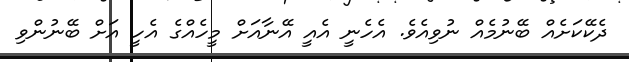
ދެކޭކަށެއް ބޭނުމެއް ނުވިއެވެ. އެހެނީ އެއީ އޭނާއަށް މީހެއްގެ އެހީ އަށް ބޭނުންވި